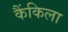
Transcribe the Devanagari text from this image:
कैंकिला